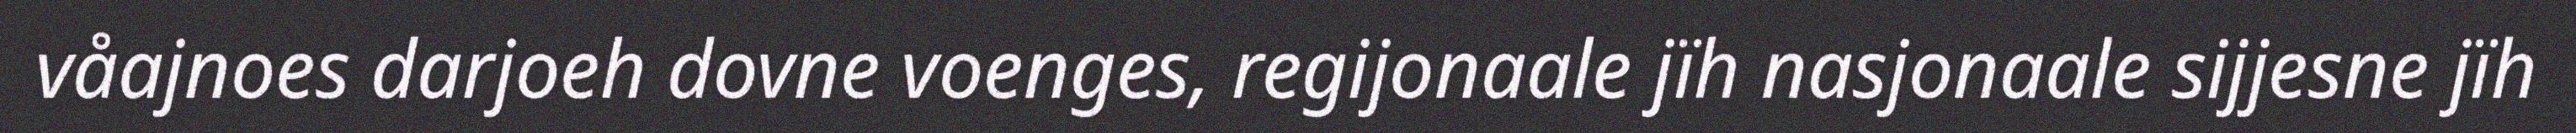
våajnoes darjoeh dovne voenges, regijonaale jïh nasjonaale sijjesne jïh